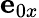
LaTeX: \mathbf{e}_{0x}